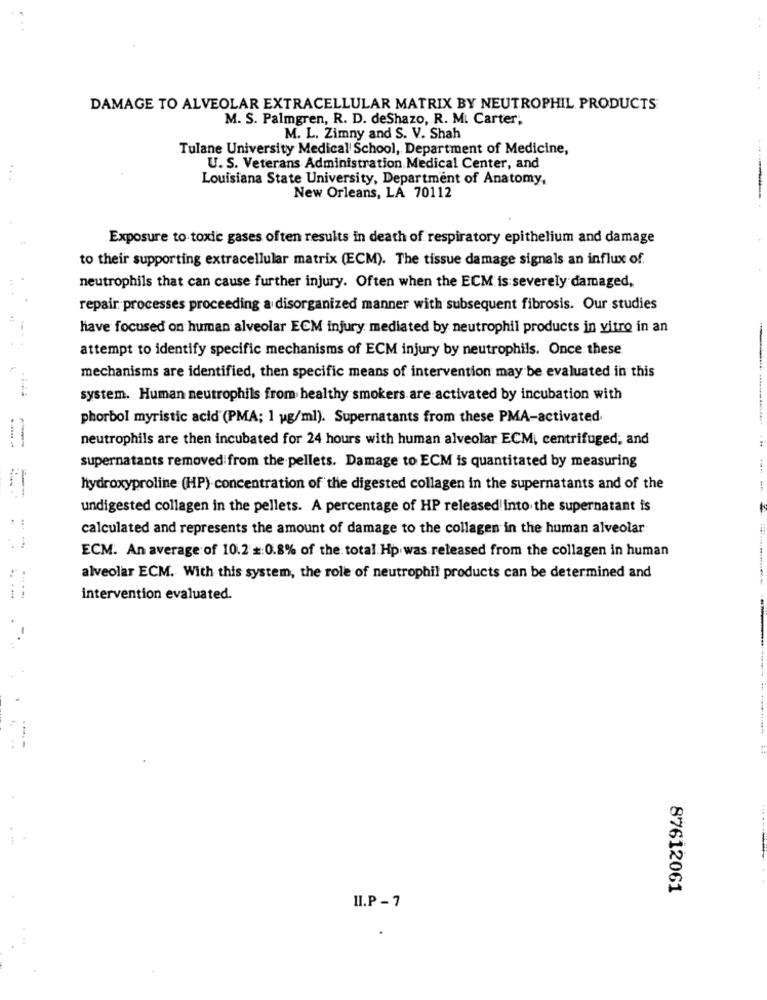
DAMAGE TO ALVEOLAR EXTRACELLULAR MATRIX BY NEUTROPHIL PRODUCTS
M. S. Palmgren, R. D. deShazo, R. M. Carter;
M. L. Zimny and S. V. Shah
Tulane University Medical School, Department of Medicine,
U. S. Veterans Administration Medical Center, and
Louisiana State University, Department of Anatomy,
New Orleans, LA 70112
Exposure to toxic gases often results in death of respiratory epithelium and damage
to their supporting extracellular matrix (ECM). The tissue damage signals an influx of.
neutrophils that can cause further injury. Often when the ECM is severely damaged,
repair processes proceeding a disorganized manner with subsequent fibrosis. Our studies
have focused on human alveolar ECM injury mediated by neutrophil products in vitro in an
attempt to identify specific mechanisms of ECM injury by neutrophils. Once these
mechanisms are identified, then specific means of intervention may be evaluated in this
system. Human neutrophils from healthy smokers are activated by incubation with
phorbol myristic acid (PMA; 1 pg/ml). Supernatants from these PMA-activated
neutrophils are then incubated for 24 hours with human alveolar ECM, centrifuged, and
supernatants removed from the pellets. Damage to ECM is quantitated by measuring
hydroxyproline (HP) concentration of the digested collagen in the supernatants and of the
undigested collagen in the pellets. A percentage of HP released into the supernatant is
calculated and represents the amount of damage to the collagen in the human alveolar
ECM. An average of 10.2 #:0.8% of the total Hp was released from the collagen in human
alveolar ECM. With this system, the role of neutrophil products can be determined and
intervention evaluated.
87612061
II.P - 7